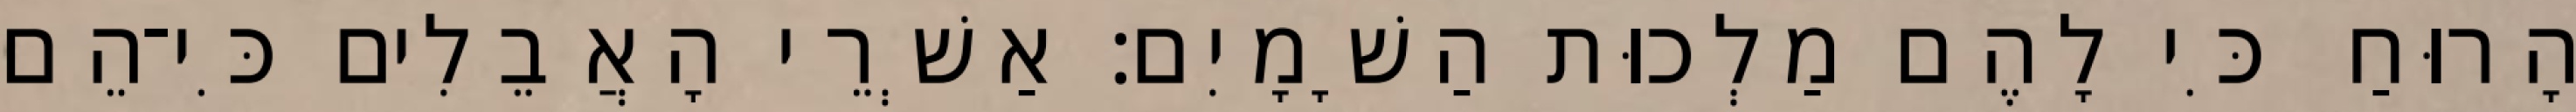
הָרוּחַ כִּי לָהֶם מַלְכוּת הַשָׁמָיִם׃ אַשְׁרֵי הָאֲבֵלִים כִּי־הֵם